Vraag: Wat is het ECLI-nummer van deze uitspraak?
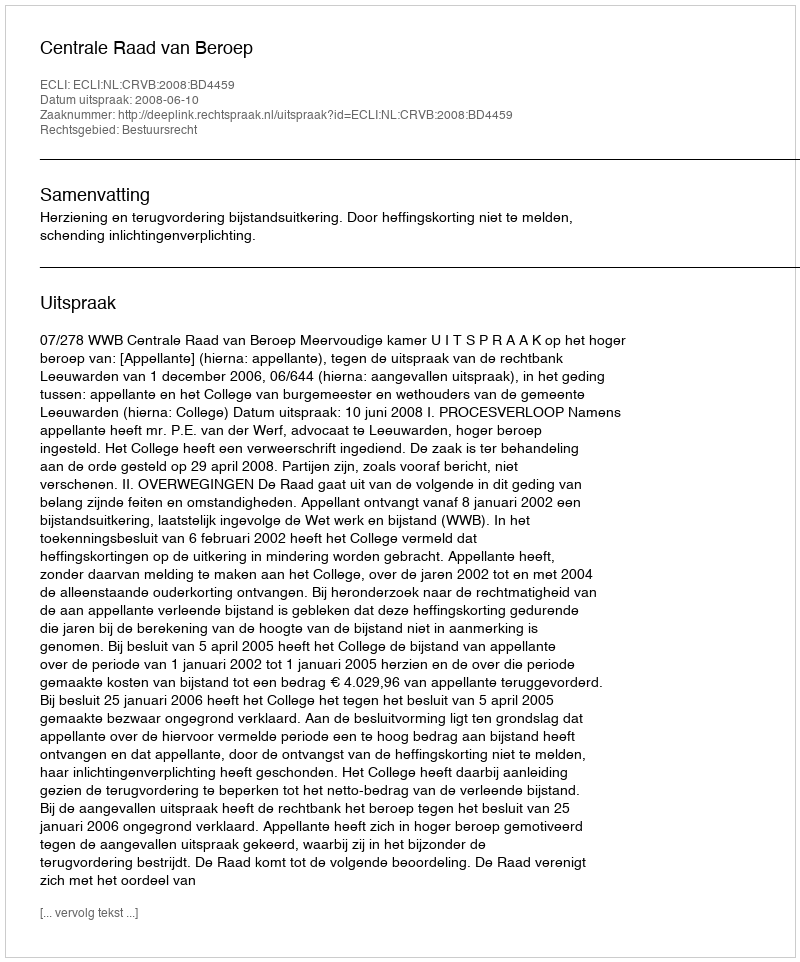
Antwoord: ECLI:NL:CRVB:2008:BD4459